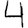
Digit: 4